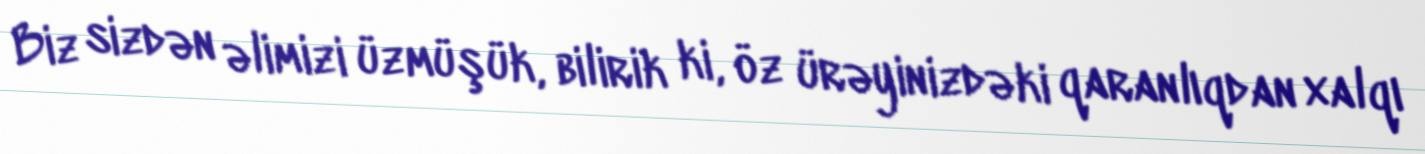
Biz sizdən əlimizi üzmüşük, bilirik ki, öz ürəyinizdəki qaranlıqdan xalqı